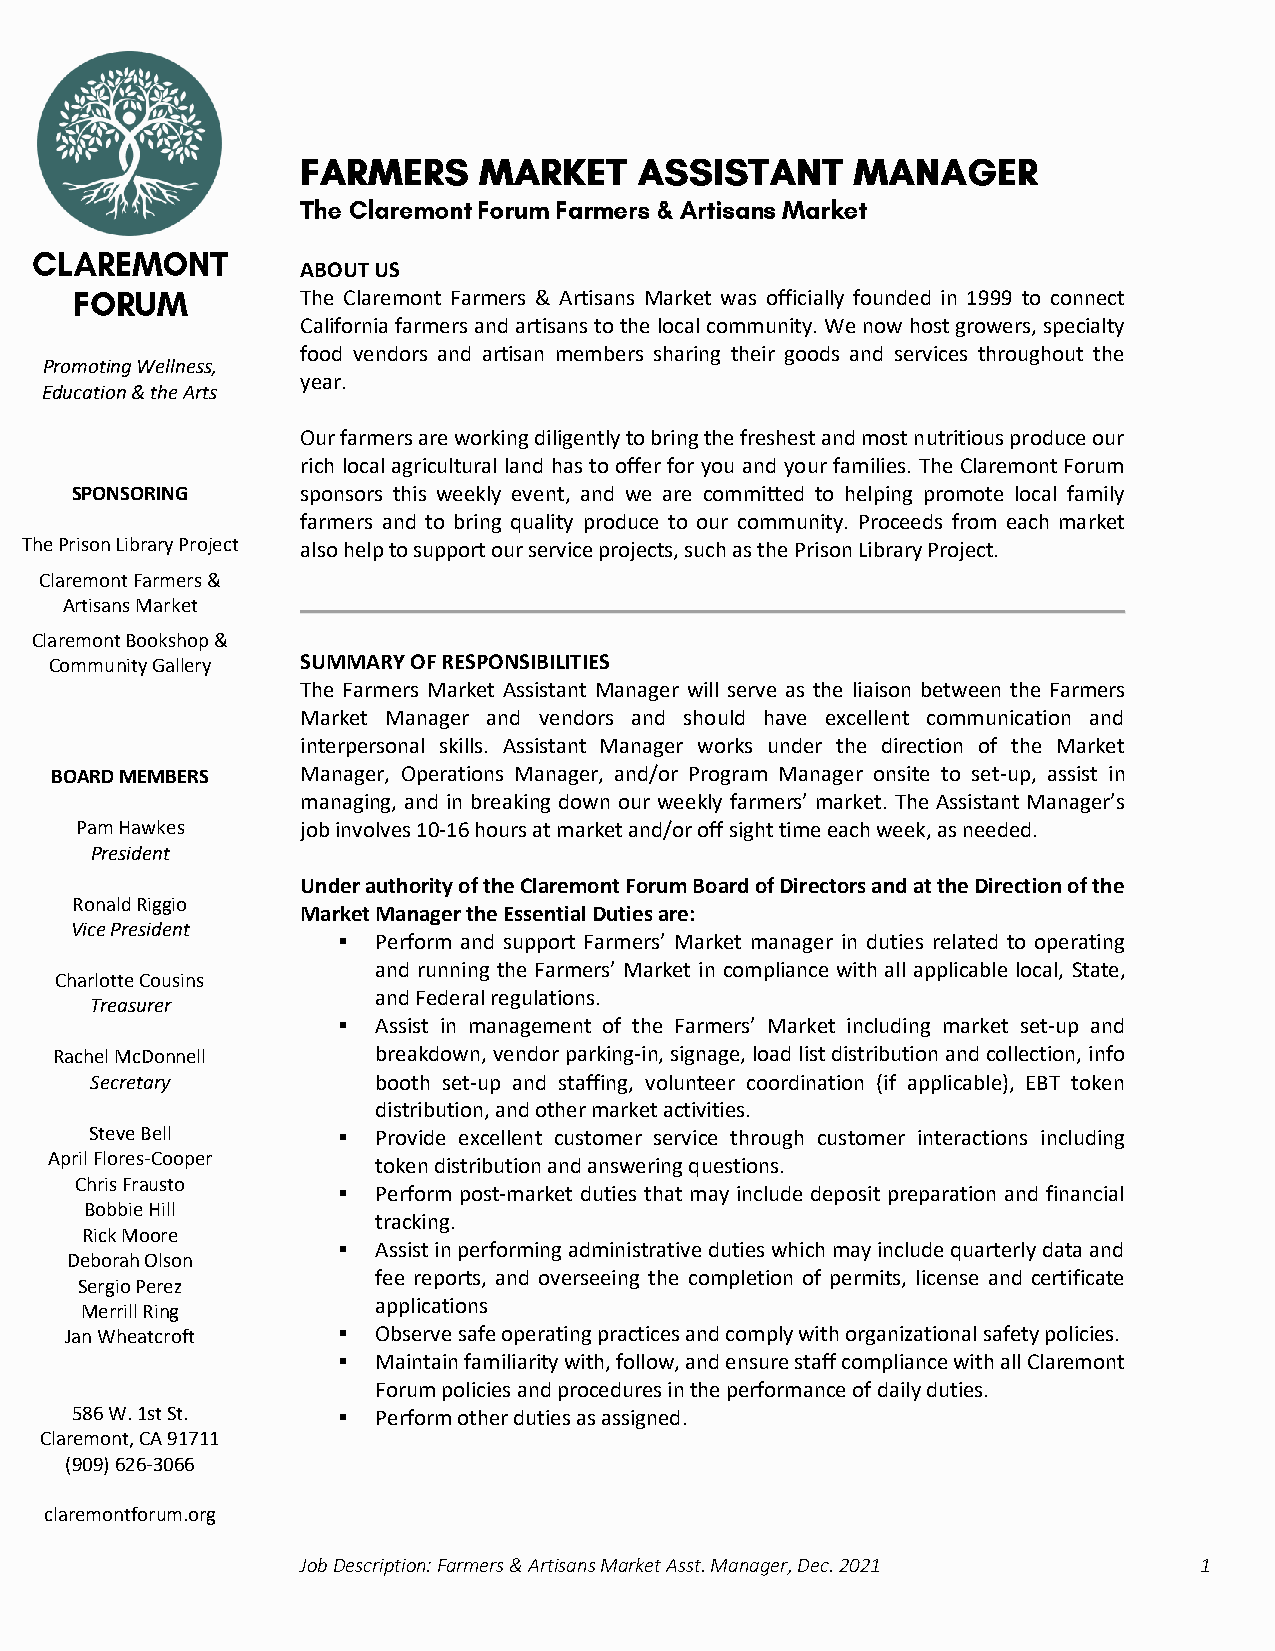
ABOUT US
 The Claremont Farmers & Artisans Market was officially founded in 1999 to connect
 California farmers and artisans to the local community. We now host growers, specialty
 food vendors and artisan members sharing their goods and services throughout the
 Promoting Wellness,
 year.
 Education & the Arts
 Our farmers are working diligently to bring the freshest and most nutritious produce our
 rich local agricultural land has to offer for you and your families. The Claremont Forum
 SPONSORING     sponsors this weekly event, and we are committed to helping promote local family
 farmers and to bring quality produce to our community. Proceeds from each market
 The Prison Library Project also help to support our service projects, such as the Prison Library Project.
 Claremont Farmers &
 Artisans Market
 Claremont Bookshop &
 Community Gallery SUMMARY OF RESPONSIBILITIES
 The Farmers Market Assistant Manager will serve as the liaison between the Farmers
 Market Manager and vendors and should have excellent communication and
 interpersonal skills. Assistant Manager works under the direction of the Market
 BOARD MEMBERS    Manager, Operations Manager, and/or Program Manager onsite to set-up, assist in
 managing, and in breaking down our weekly farmers’ market. The Assistant Manager’s
 Pam Hawkes     job involves 10-16 hours at market and/or off sight time each week, as needed.
 President
 Under authority of the Claremont Forum Board of Directors and at the Direction of the
 Ronald Riggio
 Market Manager the Essential Duties are:
 Vice President
 ▪  Perform and support Farmers’ Market manager in duties related to operating
 and running the Farmers’ Market in compliance with all applicable local, State,
 Charlotte Cousins
 and Federal regulations.
 Treasurer
 ▪  Assist in management of the Farmers’ Market including market set-up and
 Rachel McDonnell     breakdown, vendor parking-in, signage, load list distribution and collection, info
 Secretary          booth set-up and staffing, volunteer coordination (if applicable), EBT token
 distribution, and other market activities.
 Steve Bell      ▪  Provide excellent customer service through customer interactions including
 April Flores-Cooper
 token distribution and answering questions.
 Chris Frausto
 ▪  Perform post-market duties that may include deposit preparation and financial
 Bobbie Hill
 tracking.
 Rick Moore
 ▪  Assist in performing administrative duties which may include quarterly data and
 Deborah Olson
 fee reports, and overseeing the completion of permits, license and certificate
 Sergio Perez
 Merrill Ring        applications
 Jan Wheatcroft    ▪  Observe safe operating practices and comply with organizational safety policies.
 ▪  Maintain familiarity with, follow, and ensure staff compliance with all Claremont
 Forum policies and procedures in the performance of daily duties.
 586 W. 1st St.   ▪  Perform other duties as assigned.
 Claremont, CA 91711
 (909) 626-3066
 claremontforum.org
 Job Description: Farmers & Artisans Market Asst. Manager, Dec. 2021 1